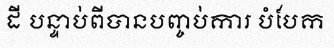
ដី បន្ទាប់ពីបានបញ្ចប់ការ បំបែក